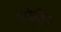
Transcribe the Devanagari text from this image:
एफेड्रिन